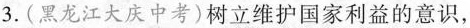
3.(黑龙江大庆中考)树立维护国家利益的意识，